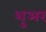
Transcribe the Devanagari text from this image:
शुअर